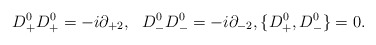
\begin{align*}D^0_+D^0_+=-i\partial_{+2},\ \ D^0_-D^0_-=-i\partial_{-2}, \{D^0_+,D^0_-\}=0.\end{align*}